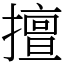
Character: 擅